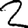
Digit: 2